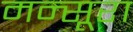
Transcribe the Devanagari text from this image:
मन्सूरा